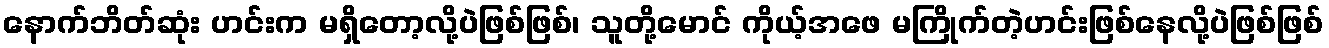
နောက်ဘိတ်ဆုံး ဟင်းက မရှိတော့လို့ပဲဖြစ်ဖြစ်၊ သူတို့မောင် ကိုယ့်အဖေ မကြိုက်တဲ့ဟင်းဖြစ်နေလို့ပဲဖြစ်ဖြစ်